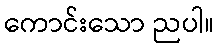
ကောင်းသော ညပါ။